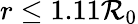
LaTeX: r\leq1.11\mathcal{R}_{0}